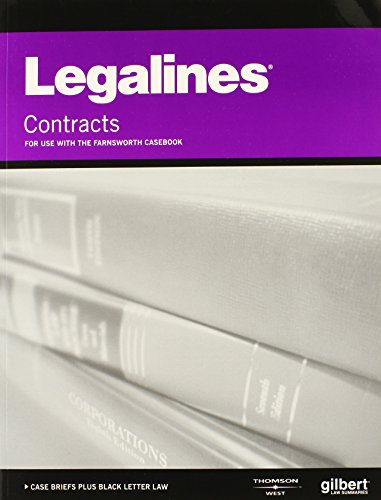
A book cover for Legalines on Contracts, Keyed to Farnsworth; Gilbert Law Publishing; Law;